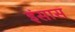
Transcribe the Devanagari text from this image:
इंसास